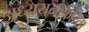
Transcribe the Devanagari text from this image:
अध्ययनाकरिता